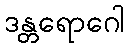
ဒန္တရောဂေါ